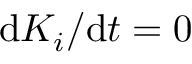
\mathrm { d } K _ { i } / \mathrm { d } t = 0